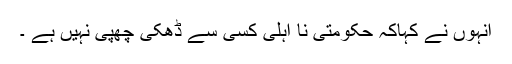
انہوں نے کہاکہ حکومتی نا اہلی کسی سے ڈھکی چھپی نہیں ہے ۔